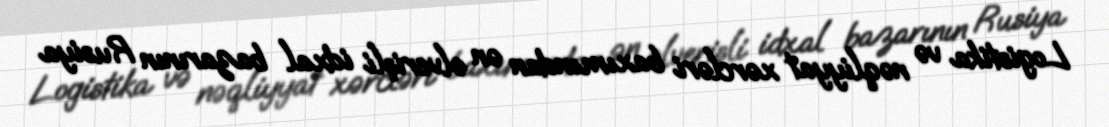
Logistika və nəqliyyat xərcləri baxımından ən əlverişli idxal bazarının Rusiya